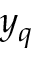
y _ { q }